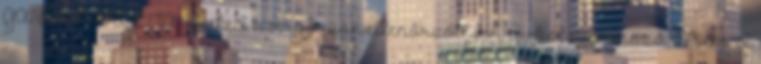
GARANTÁLJA Neked a szigorúan ellenőrzött forrásból származó Meso I